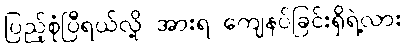
ပြည့်စုံပြီရယ်လို့ အားရ ကျေနပ်ခြင်းရှိရဲ့လား